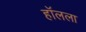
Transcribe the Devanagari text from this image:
हॉलला